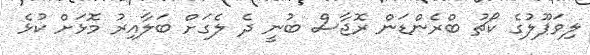
ލިވަޕޫލުގެ ކޯޗު ބްރެންޑަން ރޮޖާސް ބުނީ ދެ ލެގަށް ބަލާއިރު މޮޅަށް ކުޅެ